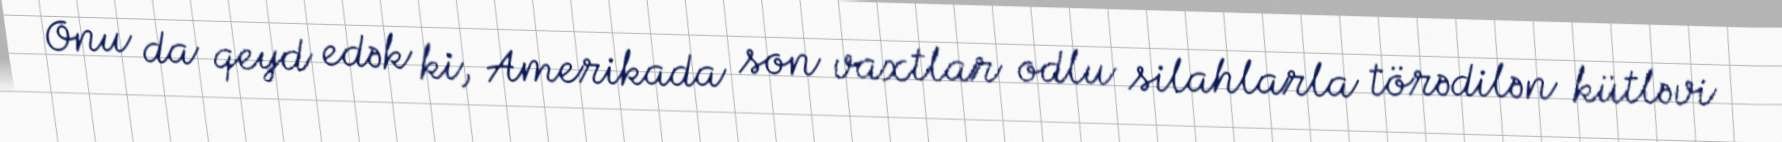
Onu da qeyd edək ki, Amerikada son vaxtlar odlu silahlarla törədilən kütləvi